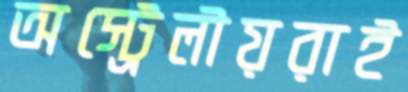
অস্ট্রেলীয়রাই